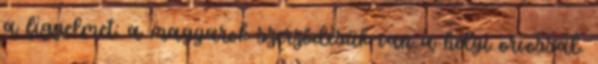
a figyelmet: a magyarok szerződésük van a helyi orvossal.